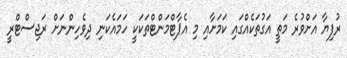
ރުފިޔާ އަށްވުރެ މަތީ އަގުތަކެއްގައި ކަމަށާއި މި އެޕާޓްމަންޓްތަކަކީ ހަމައެކަނި ދިވެހިންނަށް ރަޖިސްޓްރީ